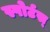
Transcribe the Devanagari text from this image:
स्पोर्टस्‌